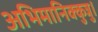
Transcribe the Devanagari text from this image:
अभिमानिक्कुन्नु।